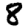
Digit: 8